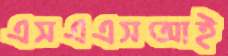
এসএএসআই